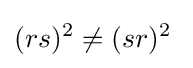
(rs)^{2}\neq (sr)^{2}\;